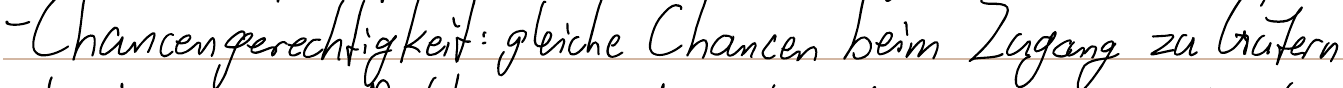
- Chancengerechtigkeit: gleiche Chancen beim Zugang zu Gütern